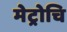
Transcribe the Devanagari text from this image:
मेट्रोचि